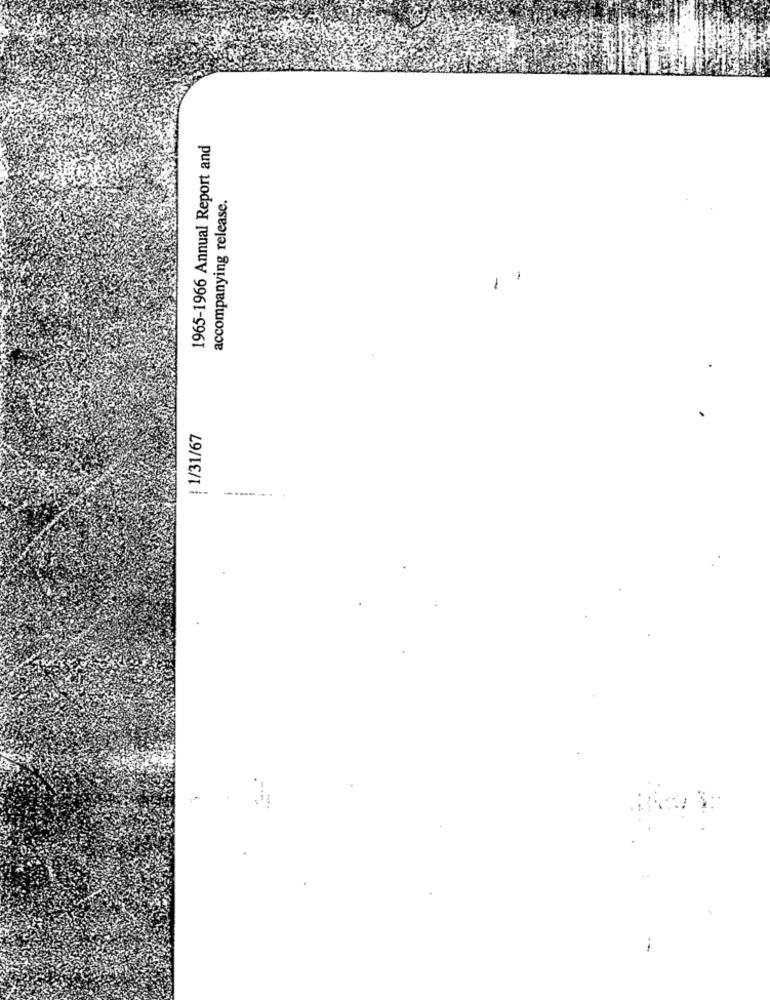
1965-1966 Annual Report and
accompanying release.
-
-
| 1/31/67